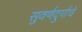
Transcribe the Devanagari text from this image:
सुवर्णदुर्गाचे